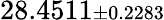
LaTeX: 28.4511{\scriptstyle\pm 0.2283}